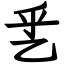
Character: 乯